Newspaper: Skaffaren. [volume]
Place of publication: Red Wing, Minn.
Publisher: E. Norelius
Date: 1880-07-07 00:00:00
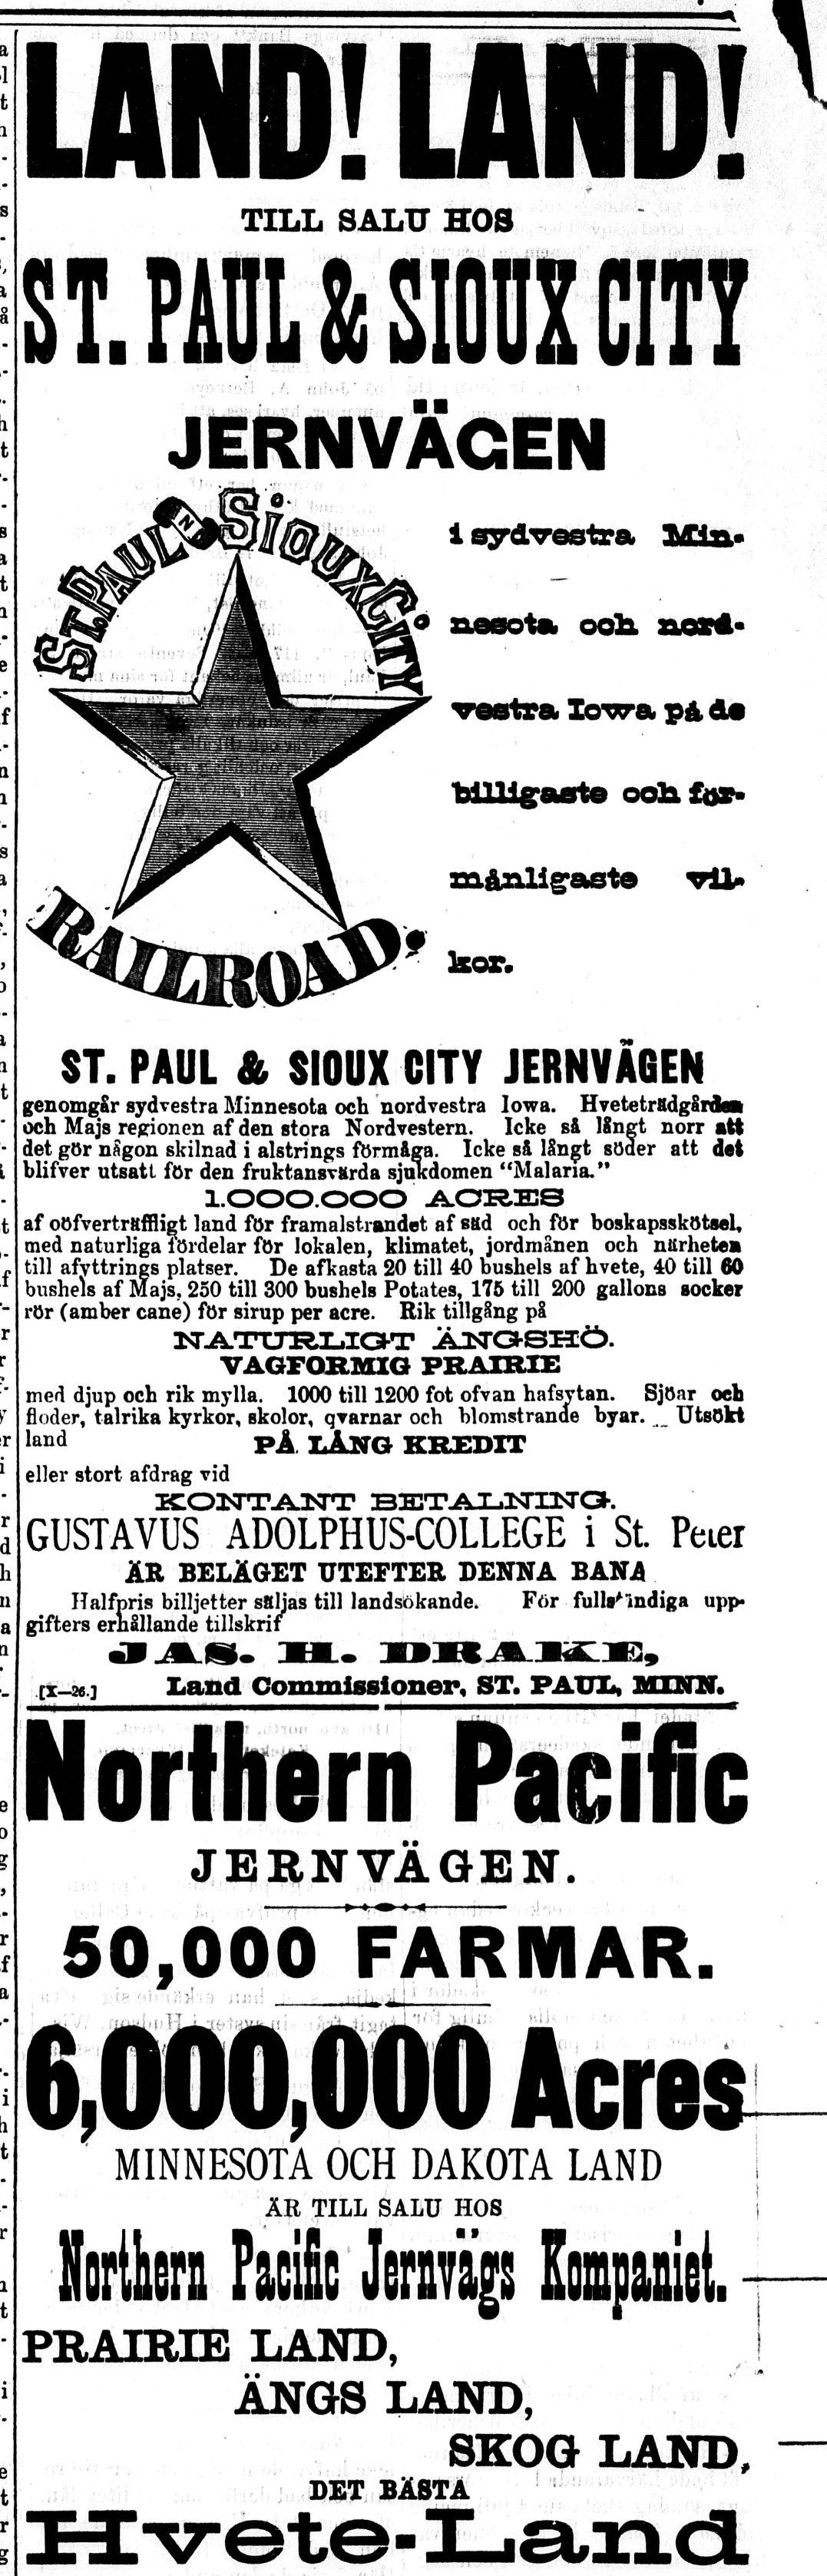
Advertisement text (OCR):
i ST. PAUL & TILL SALU HOS im JERNVACEN genomgår sydvestra Minnesota och nordvestra Iowa. Hveteträdgårfca och Majs regionen af den stora Nordvestern. Icke så långt norr att det gör någon skilnad i alstrings förmåga. Icke så långt söaer att del blifver utsatt för den fruktansvärda sjukdomen "Malaria." l.OOO.OOO ACRES af oöfverträffli^t land för framalst-randet af Bäd och ftir boskapsskötsel, med naturliga fördelar för lokalen, klimatet, jordmånen och närhetei till afvttrings platser. De af kasta 20 till 40 bushels af hvete, 40 till 60 bushels af Majs, 250 till 300 bushels Potates, 175 till 200 gallons socker rör (amber cane) för sirup per acre. Rik tillgång på NAT U JriLIOT ÄNOSHÖ. VAGFORMIG PRAIRIE med djup och rik mylla. 1000 till 1200 fot ofvan hafsvtan. Sjöar och floder, talrika kyrkor, skolor, varnar och blomstrande byar. Utsökt land PÅ IÄNG KREDIT eller stort afdrag vid KONTANT B3ECTAX.NTNO. GUSTAVUS AD0LPHUS-C0LLEGE i St. Peier ÄR BELÄGET UTEFTER DENNA BANA ITalfpris billjetter säljas till landsökande. För fulls*indiga upp gifters erhållande tillskrif [1-26.] Land Commissioner, ST. PATJXa, MINN» Northern Pacific JERN VÄGEN. 50,000 FARMAR. 6,000,000 Acres MINNESOTA OCH DAKOTA LAND ÄR TILL SALU HOS Mera Påcifii Jenvägs Eonpaiiel. PRAIRIE LAND, ÄNGS LAND, SKOG LAND, DET BÄSTA CITY 1 sydvestre, Mia» neeot» odh, nor*- •oatra. low» pAde billigaste odh fiv måaaligaete vil» kor. ST. PAUL & SIOUX CITY JERNVAGEN
Label: illustrations